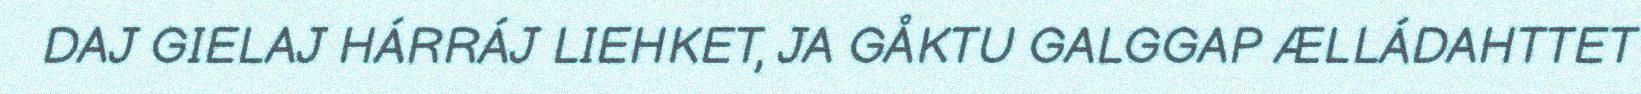
DAJ GIELAJ HÁRRÁJ LIEHKET, JA GÅKTU GALGGAP ÆLLÁDAHTTET